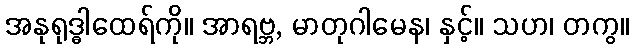
အနုရုဒ္ဓါထေရ်ကို။ အာရဗ္ဘ, မာတုဂါမေန၊ နှင့်။ သဟ၊ တကွ။